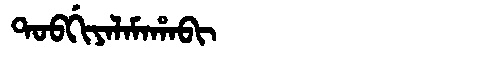
Manchu: ᡨᠣᠪᡤᡳᠶᠠᠯᠠᠮᠠᡥᠠᠪᡳ
Romanization: TOBGIYALAMAHABI